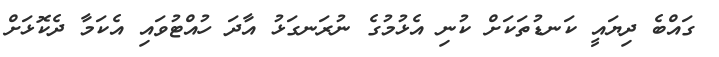
ގައްބެ ދިޔައީ ކަނޑުތަކަށް ކުނި އެޅުމުގެ ނުރަނގަޅު އާދަ ހުއްޓުވައި އެކަމާ ދެކޮޅަށް